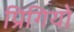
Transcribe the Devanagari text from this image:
प्रिगियो